画像に写った文字を読んでください
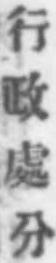
「行政處分」と書いてあります